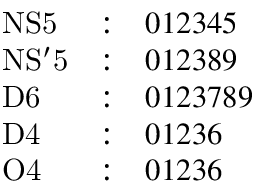
\begin{array} { l c l } { { \mathrm { N S 5 } } } & { { : } } & { { 0 1 2 3 4 5 } } \\ { { \mathrm { N S ^ { \prime } 5 } } } & { { : } } & { { 0 1 2 3 8 9 } } \\ { { \mathrm { D 6 } } } & { { : } } & { { 0 1 2 3 7 8 9 } } \\ { { \mathrm { D 4 } } } & { { : } } & { { 0 1 2 3 6 } } \\ { { \mathrm { O 4 } } } & { { : } } & { { 0 1 2 3 6 } } \end{array}